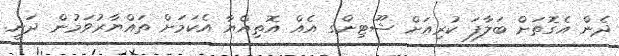
ދެން އެގޮތަށް ބަލާފަ ކުރިއަށް ޝޫޓިންގ އެއް އޮތިއްޔާ އެކަމަށް ތައްޔާރުވަމުން ދަނީ.